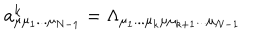
a _ { \mu \mu _ { 1 } . . . \mu _ { N - 1 } } ^ { k } = \Lambda _ { \mu _ { 1 } . . . \mu _ { k } \mu \mu _ { k + 1 } . . . \mu _ { N - 1 } }